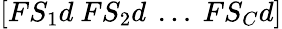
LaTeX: [FS_{1}d\ FS_{2}d\ \dots\ FS_{C}d]